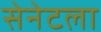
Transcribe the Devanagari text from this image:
सेनेटला